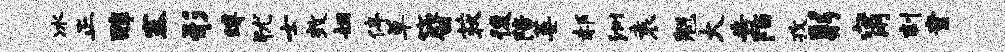
冰正醇塞形缚犹士效姻停草簪荻後陪萎郝洲袁魁大告陌孜躬甯刻童